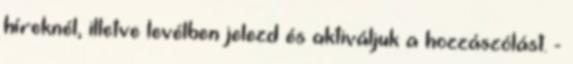
híreknél, illetve levélben jelezd és aktiváljuk a hozzászólást. -